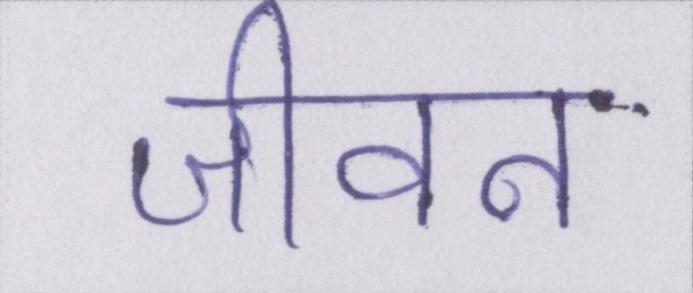
जीवन